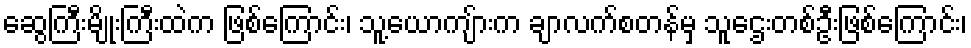
ဆွေကြီးမျိုးကြီးထဲက ဖြစ်ကြောင်း၊ သူ့ယောကျ်ားက ချာလက်စတန်မှ သူဌေးတစ်ဦးဖြစ်ကြောင်း၊